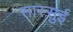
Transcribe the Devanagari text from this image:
सास्सुई